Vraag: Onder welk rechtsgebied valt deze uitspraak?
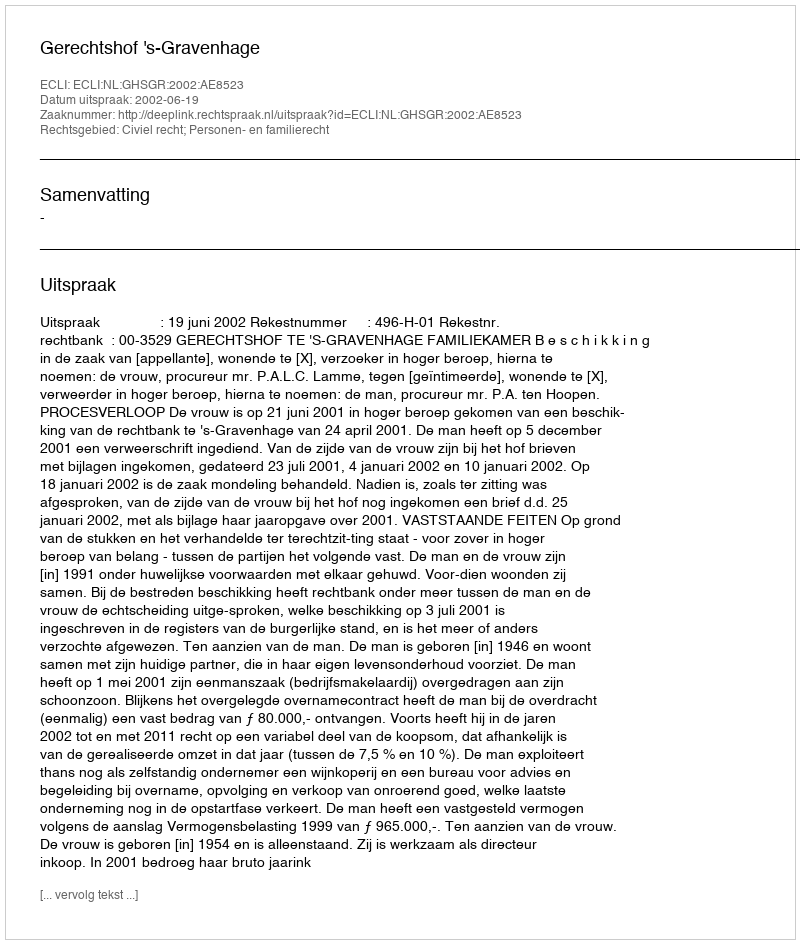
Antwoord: Civiel recht; Personen- en familierecht